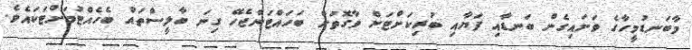
މާބަނޑުމީހާގެ ވަށައިގެން ބަނޑާއި ފަޔާއި ބުރިކަށްޓަށް ވާގޮތަށް ބަހައްޓަންޖެހޭ ގިނަ ބާލީސްތައް ބެހެއްޓުމަށްޓަކައެވެ.